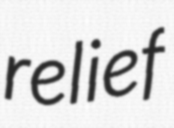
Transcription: relief